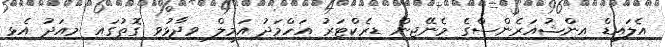
އެލައިޑް އިންޝުއަރެންސްގެ މެނޭޖިން ޑިރެކްޓަރު އަހްމަދު އަމީލް ވިދާޅުވި ގޮތުގައި މިއަދު އެޅި